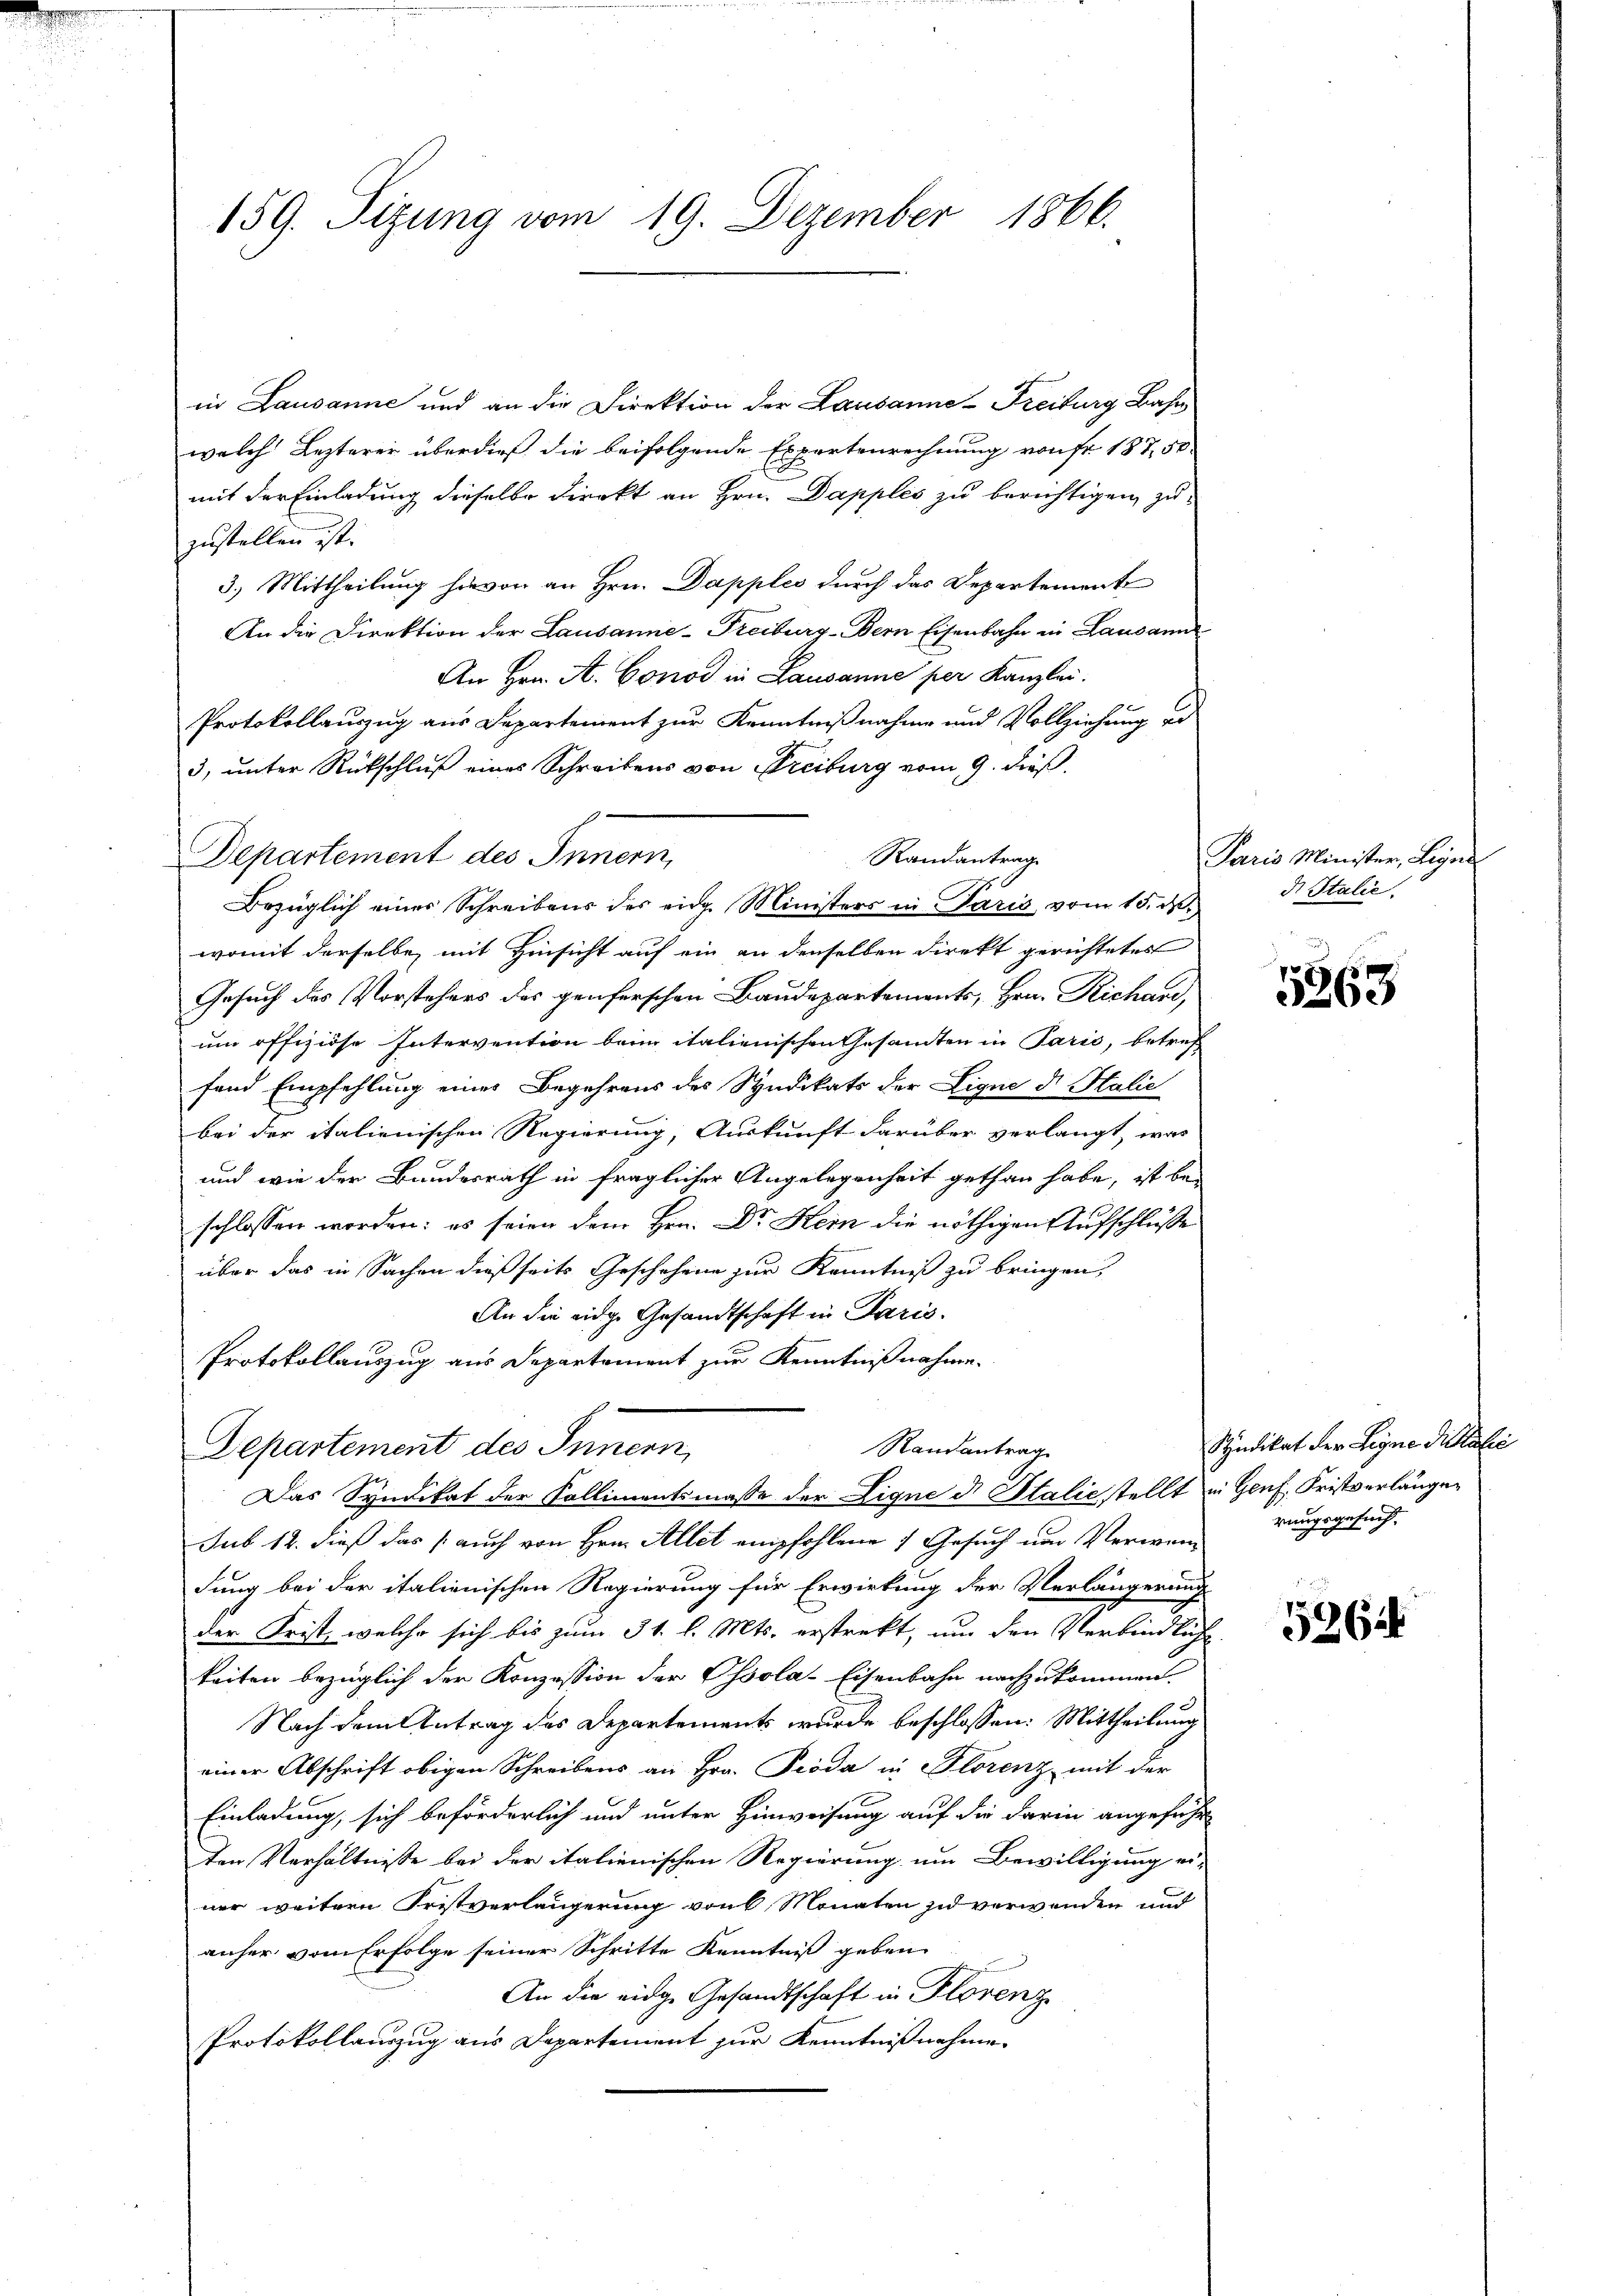
Mienen

159. Sizung vom 19. Dezember 1866.

in Lausanne und an die Direktion der Lausanne-Freiburg Bahn
welch Lezterei überdieß die beifolgende Expertenrechnung von Fr. 187, 50
mit der Einladung dieselbe Direkt an Hrn. Dapples zu berichtigen zu
zustellen ist.
3.) Mittheilung hievon an Hrn. Dapples durch das Departement
An die Direktion der Lausanne-Freiburg - Bern Eisenbahn in Lausann
An Hrn. A. Gonod in Lausanne per Kanzlei.
Protokollauszug aus Departement zur Kenntnißnahme und Vollziehung vo
3, unter Rückschluß eines Schreibens von Freiburg vom 9. dieß
Departement des Innern,
Randantrag
Bezüglich einer Schreibens des eidg. Ministers in Paris vom 15. d.
womit derselbe, mit Hinsicht auf ein an denselben direkt gerichtetes
Gesuch des Vorstehers des genferschen Baudepartements, Hrn. Richard,
um offiziöse Intervention beim italienischen Gesandten in Paris, betref
fend Empfehlung eines Begehrens des Syndikats der Lique de Halie
bei der italienischen Regierung, Auskunft darüber verlangt, was
und wie der Bundesrath in fraglicher Angelegenheit gethan habe, ist bei
schlossen worden: es seien dem Hrn. Dr. Stern die nöthigen Aufschluße
über das in Sachen dießseits Geschehene zur Kenntniß zu bringen,
An die eidge Gesandtschaft in Paris.
Protokollauszug aus Departement zur Kenntnißnahme.
Randantrag
Departement des Innern,
Das Syndikat der Kollimentsmasse der Ligne d Italić stellt in Genf, Fristverlänger
sub 12. dieß das auch von Hrn. Allet empfohlene 4 Gesuch um Verwenderungsgesuch
dung bei der italienischen Regierung für Erwirkung der Verlängerung
der Frist, welche sich bis zum 31. l. Mts. erstrekt, um den Verbindliche
keiten bezüglich der Konzession der Ossola-Eisenbahn nachzukommen.
Nach dem Antrag des Departements wurde beschlossen: Mittheilung
einer Abschrift obigen Schreibens an Hrn. Pioda in Florenz mit der
Einladung, sich beförderlich und unter Hinweisung auf die darin angeführ
ten Verhältnisse bei der italienischen Regierung um Bewilligung ei-
ner weitern Fristverlängerung von Monaten zu verwenden und
anher vom Erfolge seiner Schritte Kenntniß geben
An die eidge Gesandtschaft in Florenz
Protokollauszug aus Departement zur Kenntnißnahme

Paris Minister, Ligne
d Italie

5363

Syndikat der Signe dictalie

5264